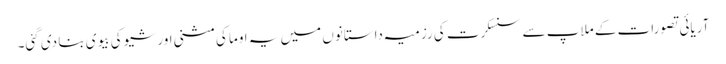
آریائی تصورات کے ملاپ سے سنسکرت کی رزمیہ داستانوں میں یہ اوما کی مثنی اور شیو کی بیوی بنا دی گئی۔